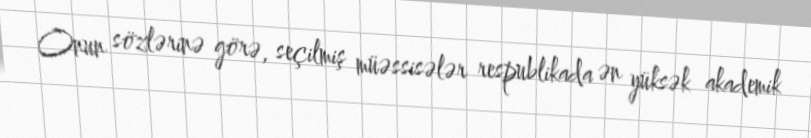
Onun sözlərinə görə, seçilmiş müəssisələr respublikada ən yüksək akademik